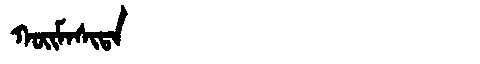
Manchu: ᡴᠣᡳᠮᠠᠰᡳᡨᠠ
Romanization: KOIMASITA